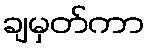
ချမှတ်ကာ